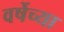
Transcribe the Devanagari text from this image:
वर्षेच्या